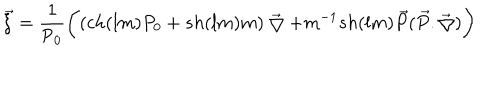
\overrightarrow { \xi } = \frac { 1 } { \textsf { P } _ { 0 } } \biggl ( ( c h ( l m ) P _ { 0 } + s h ( l m ) m ) \overrightarrow { \bigtriangledown } + m ^ { - 1 } s h ( l m ) \overrightarrow { P } ( \overrightarrow { P } . \overrightarrow { \bigtriangledown } ) \biggr )